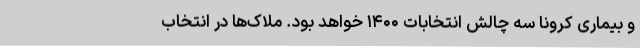
و بیماری کرونا سه چالش انتخابات ۱۴۰۰ خواهد بود. ملاک‌ها در انتخاب